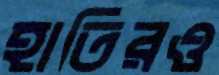
হাতিরও